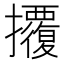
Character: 𢺁